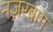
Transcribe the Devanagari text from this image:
नज़रबाग